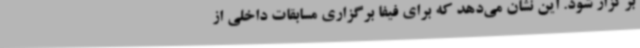
برگزار شود. این نشان می‌دهد که برای فیفا برگزاری مسابقات داخلی از